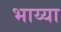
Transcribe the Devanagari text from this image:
भाय्या